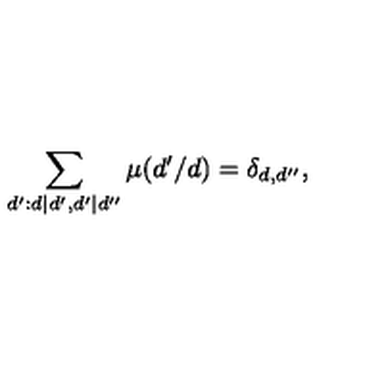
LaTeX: \sum _ { d ^ { \prime } : d | d ^ { \prime } , d ^ { \prime } | d ^ { \prime \prime } } \mu ( d ^ { \prime } / d ) = \delta _ { d , d ^ { \prime \prime } } ,